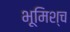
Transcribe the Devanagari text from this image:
भूमिश्च